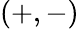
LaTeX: (+,-)